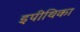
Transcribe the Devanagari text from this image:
इपीथिका